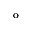
\mathrm { ^ o }